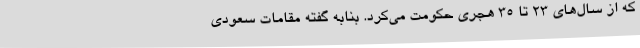
که از سال‌های ۲۳ تا ۳۵ هجری حکومت می‌کرد. بنابه گفته مقامات سعودی